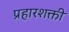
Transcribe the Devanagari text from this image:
प्रहारशक्ती